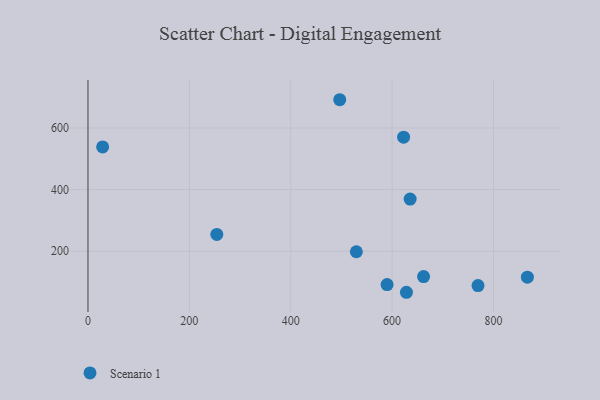
{"axis": {"x": "Experience", "y": "Profit"}, "legend": ["Scenario 1"], "data": [{"x": "628.3", "y": 66.6, "type": "Scenario 1"}, {"x": "622.7", "y": 570.2, "type": "Scenario 1"}, {"x": "662.1", "y": 117.7, "type": "Scenario 1"}, {"x": "769.5", "y": 88.4, "type": "Scenario 1"}, {"x": "529.5", "y": 198.2, "type": "Scenario 1"}, {"x": "254.2", "y": 254.3, "type": "Scenario 1"}, {"x": "866.9", "y": 115.5, "type": "Scenario 1"}, {"x": "590.1", "y": 91.6, "type": "Scenario 1"}, {"x": "28.9", "y": 538.6, "type": "Scenario 1"}, {"x": "496.7", "y": 691.7, "type": "Scenario 1"}, {"x": "635.6", "y": 369.3, "type": "Scenario 1"}]}